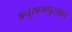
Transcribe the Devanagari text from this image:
अनुराधापुऱ्यात